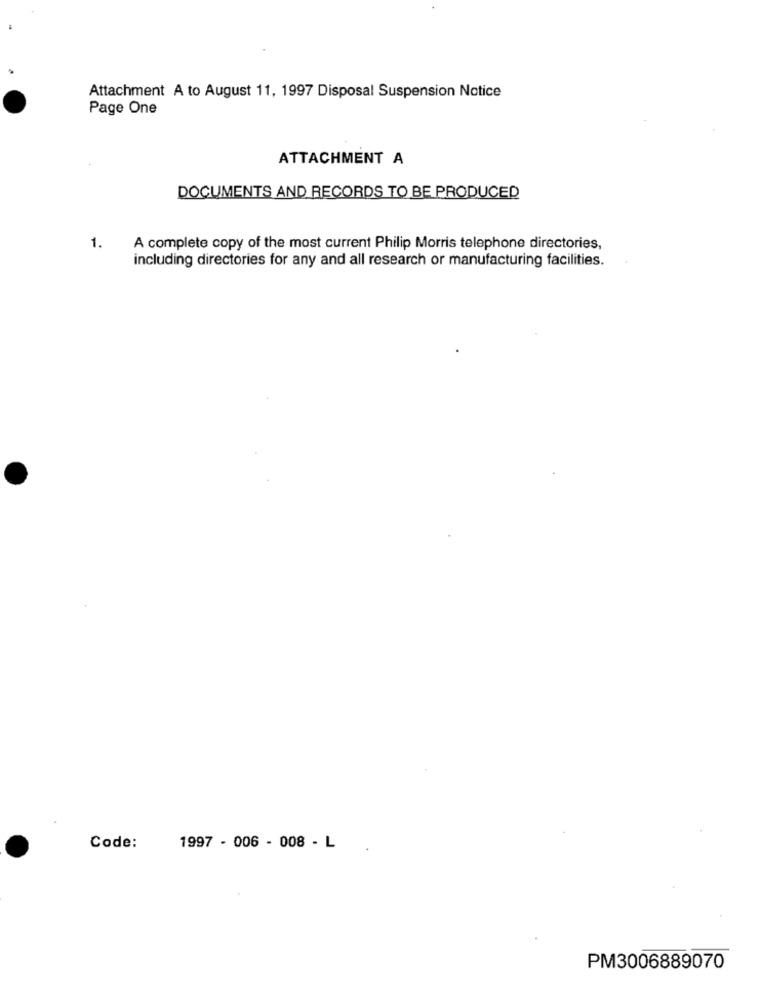
Attachment A to August 11, 1997 Disposal Suspension Notice
Page One
ATTACHMENT A
DOCUMENTS AND RECORDS TO BE PRODUCED
1.
A complete copy of the most current Philip Morris telephone directories,
including directories for any and all research or manufacturing facilities.
Code:
1997 - 006 - 008 - L
PM3006889070